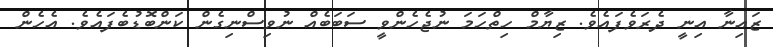
ޒައިނާ އިނީ ދެރަވެފައެވެ. ޒިޔާމް ހިތްހަމަ ނުޖެހެންވީ ސަބަބެއް ނުވިސްނިގެން ކަންބޮޑުބެފައެވެ. އެހެން